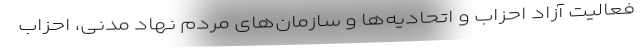
فعالیت آزاد احزاب و اتحادیه‌ها و سازمان‌های مردم نهاد مدنی، احزاب